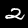
Digit: 2